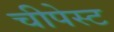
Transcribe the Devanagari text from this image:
चीपेस्ट